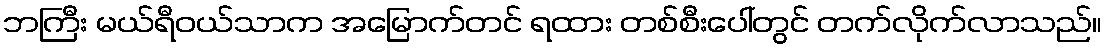
ဘကြီး မယ်ရီဝယ်သာက အမြောက်တင် ရထား တစ်စီးပေါ်တွင် တက်လိုက်လာသည်။